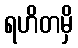
ရဟိတမှိ